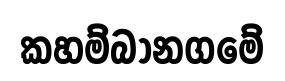
කහම්බානගමේ